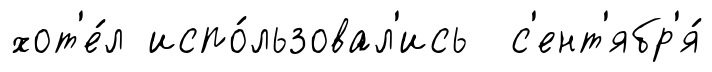
хот'е́л испо́льзовал'ись с'ент'ябр'я́